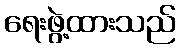
ရေးဖွဲ့ထားသည်